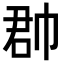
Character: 𢃆